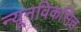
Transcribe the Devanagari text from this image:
न्यूनविकसित